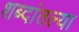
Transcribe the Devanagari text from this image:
शब्दांतल्या